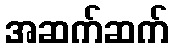
အဆက်ဆက်